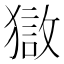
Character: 𰡣